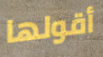
أقولها